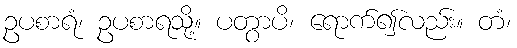
ဥပစာရံ၊ ဥပစာရသို့။ ပတွာပိ၊ ရောက်၍လည်း။ တံ၊